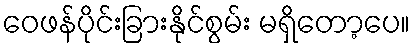
ဝေဖန်ပိုင်းခြားနိုင်စွမ်း မရှိတော့ပေ။